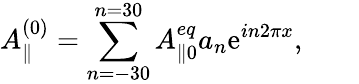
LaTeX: A_{\parallel}^{(0)}=\sum_{n=-30}^{n=30}A_{\parallel 0}^{eq}a_{n}\mathrm{e}^{in2\pi x},\qquad